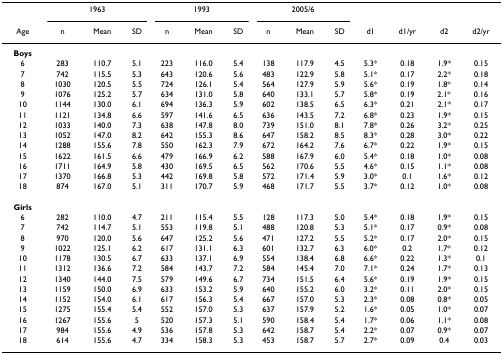
<table><thead><tr><td></td><td colspan="3"><b>1963</b></td><td colspan="3"><b>1993</b></td><td colspan="3"><b>2005/6</b></td><td></td><td></td><td></td><td></td></tr><tr><td><b>Age</b></td><td><b>n</b></td><td><b>Mean</b></td><td><b>SD</b></td><td><b>n</b></td><td><b>Mean</b></td><td><b>SD</b></td><td><b>n</b></td><td><b>Mean</b></td><td><b>SD</b></td><td><b>d1</b></td><td><b>d1/yr</b></td><td><b>d2</b></td><td><b>d2/yr</b></td></tr></thead><tbody><tr><td><b>Boys</b></td><td></td><td></td><td></td><td></td><td></td><td></td><td></td><td></td><td></td><td></td><td></td><td></td><td></td></tr><tr><td>6</td><td>283</td><td>110.7</td><td>5.1</td><td>223</td><td>116.0</td><td>5.4</td><td>138</td><td>117.9</td><td>4.5</td><td>5.3*</td><td>0.18</td><td>1.9*</td><td>0.15</td></tr><tr><td>7</td><td>742</td><td>115.5</td><td>5.3</td><td>643</td><td>120.6</td><td>5.6</td><td>483</td><td>122.9</td><td>5.8</td><td>5.1*</td><td>0.17</td><td>2.2*</td><td>0.18</td></tr><tr><td>8</td><td>1030</td><td>120.5</td><td>5.5</td><td>724</td><td>126.1</td><td>5.4</td><td>564</td><td>127.9</td><td>5.9</td><td>5.6*</td><td>0.19</td><td>1.8*</td><td>0.14</td></tr><tr><td>9</td><td>1076</td><td>125.2</td><td>5.7</td><td>634</td><td>131.0</td><td>5.8</td><td>640</td><td>133.1</td><td>5.7</td><td>5.8*</td><td>0.19</td><td>2.1*</td><td>0.16</td></tr><tr><td>10</td><td>1144</td><td>130.0</td><td>6.1</td><td>694</td><td>136.3</td><td>5.9</td><td>602</td><td>138.5</td><td>6.5</td><td>6.3*</td><td>0.21</td><td>2.1*</td><td>0.17</td></tr><tr><td>11</td><td>1121</td><td>134.8</td><td>6.6</td><td>597</td><td>141.6</td><td>6.5</td><td>636</td><td>143.5</td><td>7.2</td><td>6.8*</td><td>0.23</td><td>1.9*</td><td>0.15</td></tr><tr><td>12</td><td>1033</td><td>140.0</td><td>7.3</td><td>638</td><td>147.8</td><td>8.0</td><td>739</td><td>151.0</td><td>8.1</td><td>7.8*</td><td>0.26</td><td>3.2*</td><td>0.25</td></tr><tr><td>13</td><td>1052</td><td>147.0</td><td>8.2</td><td>642</td><td>155.3</td><td>8.6</td><td>647</td><td>158.2</td><td>8.5</td><td>8.3*</td><td>0.28</td><td>3.0*</td><td>0.22</td></tr><tr><td>14</td><td>1288</td><td>155.6</td><td>7.8</td><td>550</td><td>162.3</td><td>7.9</td><td>672</td><td>164.2</td><td>7.6</td><td>6.7*</td><td>0.22</td><td>1.9*</td><td>0.15</td></tr><tr><td>15</td><td>1622</td><td>161.5</td><td>6.6</td><td>479</td><td>166.9</td><td>6.2</td><td>588</td><td>167.9</td><td>6.0</td><td>5.4*</td><td>0.18</td><td>1.0*</td><td>0.08</td></tr><tr><td>16</td><td>1711</td><td>164.9</td><td>5.8</td><td>430</td><td>169.5</td><td>6.5</td><td>562</td><td>170.6</td><td>5.5</td><td>4.6*</td><td>0.15</td><td>1.1*</td><td>0.08</td></tr><tr><td>17</td><td>1370</td><td>166.8</td><td>5.3</td><td>442</td><td>169.8</td><td>5.8</td><td>572</td><td>171.4</td><td>5.9</td><td>3.0*</td><td>0.1</td><td>1.6*</td><td>0.12</td></tr><tr><td>18</td><td>874</td><td>167.0</td><td>5.1</td><td>311</td><td>170.7</td><td>5.9</td><td>468</td><td>171.7</td><td>5.5</td><td>3.7*</td><td>0.12</td><td>1.0*</td><td>0.08</td></tr><tr><td><b>Girls</b></td><td></td><td></td><td></td><td></td><td></td><td></td><td></td><td></td><td></td><td></td><td></td><td></td><td></td></tr><tr><td>6</td><td>282</td><td>110.0</td><td>4.7</td><td>211</td><td>115.4</td><td>5.5</td><td>128</td><td>117.3</td><td>5.0</td><td>5.4*</td><td>0.18</td><td>1.9*</td><td>0.15</td></tr><tr><td>7</td><td>742</td><td>114.7</td><td>5.1</td><td>553</td><td>119.8</td><td>5.1</td><td>488</td><td>120.8</td><td>5.3</td><td>5.1*</td><td>0.17</td><td>0.9*</td><td>0.08</td></tr><tr><td>8</td><td>970</td><td>120.0</td><td>5.6</td><td>647</td><td>125.2</td><td>5.6</td><td>471</td><td>127.2</td><td>5.5</td><td>5.2*</td><td>0.17</td><td>2.0*</td><td>0.15</td></tr><tr><td>9</td><td>1022</td><td>125.1</td><td>6.2</td><td>617</td><td>131.1</td><td>6.3</td><td>601</td><td>132.7</td><td>6.3</td><td>6.0*</td><td>0.2</td><td>1.7*</td><td>0.12</td></tr><tr><td>10</td><td>1178</td><td>130.5</td><td>6.7</td><td>633</td><td>137.1</td><td>6.9</td><td>554</td><td>138.4</td><td>6.8</td><td>6.6*</td><td>0.22</td><td>1.3*</td><td>0.1</td></tr><tr><td>11</td><td>1312</td><td>136.6</td><td>7.2</td><td>584</td><td>143.7</td><td>7.2</td><td>584</td><td>145.4</td><td>7.0</td><td>7.1*</td><td>0.24</td><td>1.7*</td><td>0.13</td></tr><tr><td>12</td><td>1340</td><td>144.0</td><td>7.5</td><td>579</td><td>149.6</td><td>6.7</td><td>734</td><td>151.5</td><td>6.4</td><td>5.6*</td><td>0.19</td><td>1.9*</td><td>0.15</td></tr><tr><td>13</td><td>1159</td><td>150.0</td><td>6.9</td><td>633</td><td>153.2</td><td>5.9</td><td>640</td><td>155.2</td><td>6.0</td><td>3.2*</td><td>0.11</td><td>2.0*</td><td>0.15</td></tr><tr><td>14</td><td>1152</td><td>154.0</td><td>6.1</td><td>617</td><td>156.3</td><td>5.4</td><td>667</td><td>157.0</td><td>5.3</td><td>2.3*</td><td>0.08</td><td>0.8*</td><td>0.05</td></tr><tr><td>15</td><td>1275</td><td>155.4</td><td>5.4</td><td>552</td><td>157.0</td><td>5.3</td><td>637</td><td>157.9</td><td>5.2</td><td>1.6*</td><td>0.05</td><td>1.0*</td><td>0.07</td></tr><tr><td>16</td><td>1267</td><td>155.6</td><td>5</td><td>520</td><td>157.3</td><td>5.1</td><td>590</td><td>158.4</td><td>5.4</td><td>1.7*</td><td>0.06</td><td>1.1*</td><td>0.08</td></tr><tr><td>17</td><td>984</td><td>155.6</td><td>4.9</td><td>536</td><td>157.8</td><td>5.3</td><td>642</td><td>158.7</td><td>5.4</td><td>2.2*</td><td>0.07</td><td>0.9*</td><td>0.07</td></tr><tr><td>18</td><td>614</td><td>155.6</td><td>4.7</td><td>334</td><td>158.3</td><td>5.3</td><td>453</td><td>158.7</td><td>5.7</td><td>2.7*</td><td>0.09</td><td>0.4</td><td>0.03</td></tr></tbody></table>